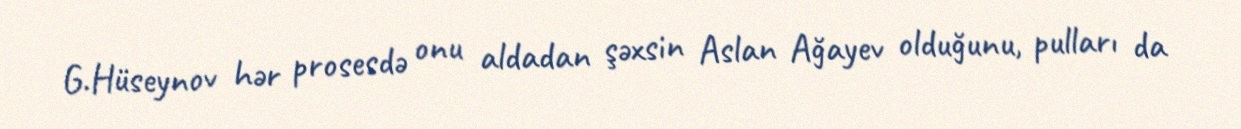
G.Hüseynov hər prosesdə onu aldadan şəxsin Aslan Ağayev olduğunu, pulları da